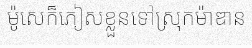
ម៉ូសេក៏ភៀសខ្លួនទៅស្រុកម៉ាឌាន